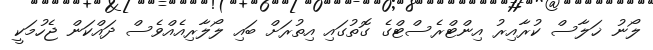
ލޯނު ޚަލާސް ކުރާއިރު އިންޓްރެސްޓްގެ ގޮތުގައި އިތުރަށް ބައި ލޯލާރިއެއްވެސް ދައްކަން ޖެހުމަކީ